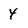
Character: 4